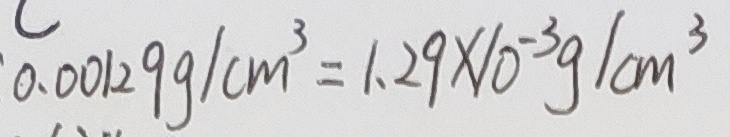
0 . 0 0 1 2 9 g / c m ^ { 3 } = 1 . 2 9 \times 1 0 ^ { - 3 } g / c m ^ { 3 }